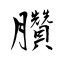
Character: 臢